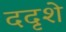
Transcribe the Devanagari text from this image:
ददृशे